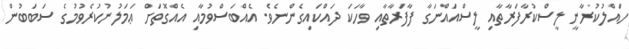
ހައްލުކުރާނީ ލީސްކުރާފަރާތާއި ލީސްއައްނަގާ ފާފަރާތާއި ވާހަކަ ދައްކައިގެންނެވެ. އެއްބަސްވުމާއި އެއްގޮތަށް ޢަމަލުނުކުރެވުމުގެ ސަބަބުން